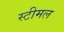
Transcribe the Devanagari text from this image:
स्टीमल